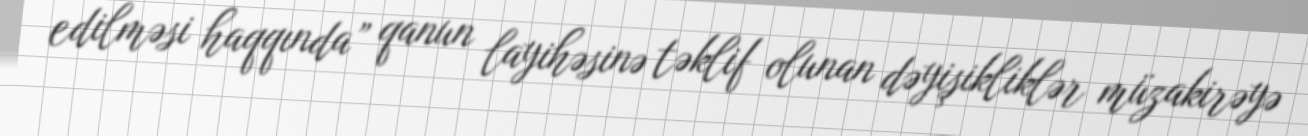
edilməsi haqqında” qanun layihəsinə təklif olunan dəyişikliklər müzakirəyə